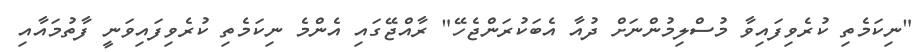
"ނިކަމެތި ކުރެވިފައިވާ މުސްލިމުންނަށް ދުއާ އެބަކުރަންޖެހޭ" ރާއްޖޭގައި އެންމެ ނިކަމެތި ކުރެވިފައިވަނީ ފާތުމައާއި